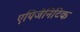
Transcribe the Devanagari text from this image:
एपिजेनिटिक